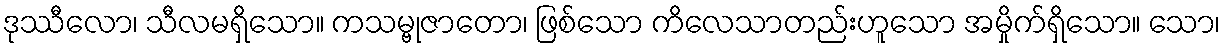
ဒုဿီလော၊ သီလမရှိသော။ ကသမ္ဗုဇာတော၊ ဖြစ်သော ကိလေသာတည်းဟူသော အမှိုက်ရှိသော။ သော၊